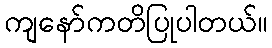
ကျနော်ကတိပြုပါတယ်။